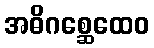
အဓိဂစ္ဆေထေဝ